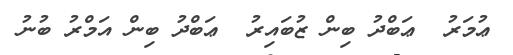
ޢުމަރު  ޢަބްދު ބިން ޒުބައިރު  ޢަބްދު ބިން އަމްރު ބުނު